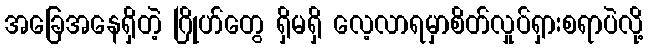
အခြေအနေရှိတဲ့ ဂြိုဟ်တွေ ရှိမရှိ လေ့လာရမှာစိတ်လှုပ်ရှားစရာပဲလို့